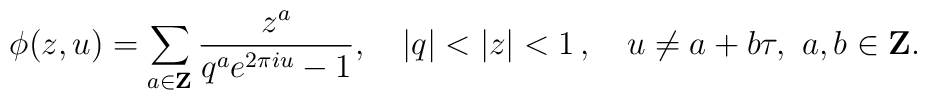
\phi(z,u)=\sum_{a\in{\bf Z}} \frac{z^a  }{q^a e^{2\pi i  u }-1}, \quad |q|<|z|<1\,, \quad u\neq a+b\tau,~a,b\in{\bf Z}.